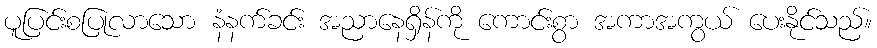
ပူပြင်းစပြုလာသော နံနက်ခင်း အညာနေရှိန်ကို ကောင်းစွာ အကာအကွယ် ပေးနိုင်သည်။